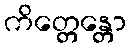
ကိတ္တေန္တော